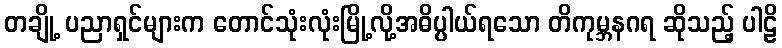
တချို့ ပညာရှင်များက တောင်သုံးလုံးမြို့လို့အဓိပ္ပါယ်ရသော တိကုမ္ဘနဂရ ဆိုသည့် ပါဠိ